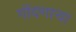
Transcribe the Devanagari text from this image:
गोंदणार्‍या